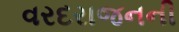
વરદરાજનની